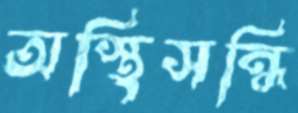
অস্থিসন্ধি